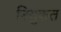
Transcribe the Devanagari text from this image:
नियुकत